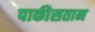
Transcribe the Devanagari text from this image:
पाकीसतान